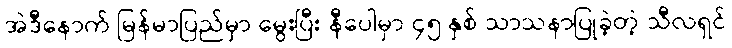
အဲဒီနောက် မြန်မာပြည်မှာ မွေးပြီး နီပေါမှာ ၄၅ နှစ် သာသနာပြုခဲ့တဲ့ သီလရှင်